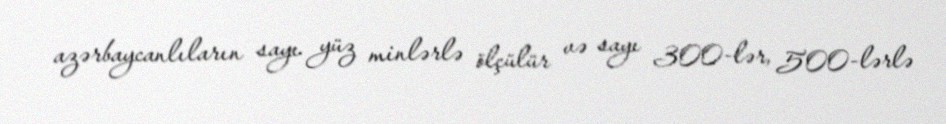
azərbaycanlıların sayı yüz minlərlə ölçülür və sayı 300-lər, 500-lərlə